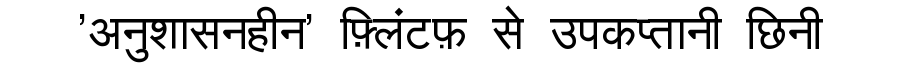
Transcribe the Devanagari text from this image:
'अनुशासनहीन' फ़्लिंटफ़ से उपकप्तानी छिनी